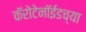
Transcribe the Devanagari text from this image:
कॅरोटेनॉईडच्या